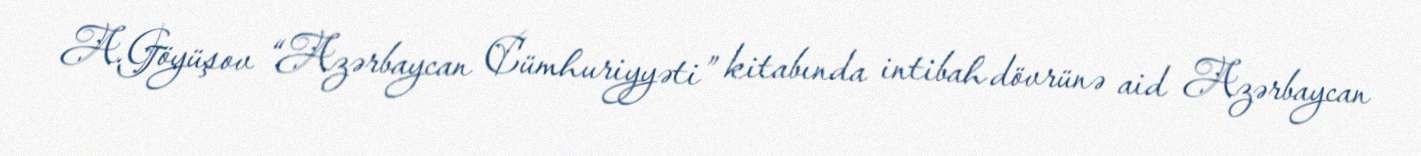
A.Göyüşov “Azərbaycan Cümhuriyyəti” kitabında intibah dövrünə aid Azərbaycan